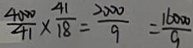
\frac { 4 0 0 0 } { 4 1 } \times \frac { 4 1 } { 1 8 } = \frac { 2 0 0 0 } { 9 } = \frac { 1 6 0 0 0 } { 9 }